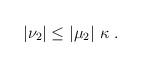
LaTeX: \begin{align*}\left|\nu_2\right|\leq\left|\mu_2\right|\,\kappa \;.\end{align*}